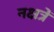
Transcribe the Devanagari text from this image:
नक्षत्रें